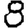
Digit: 8